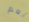
نعم